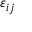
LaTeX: \varepsilon _ { i j }